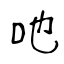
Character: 咃